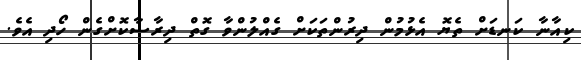
ކިއާނާ ކަނޑަށް ތެޔޮ އެޅުމުން ދިރުންތަކަށް ގެއްލުންވާ ގޮތް ދިރާސާކޮށްގެން ހޯދި އެވެ.